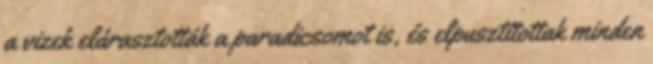
a vizek elárasztották a paradicsomot is, és elpusztítottak minden